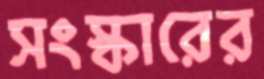
সংস্কারের